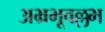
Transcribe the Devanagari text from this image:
अभ्रभूवल्लभ